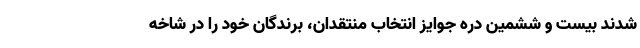
شدند بیست و ششمین دره جوایز انتخاب منتقدان، برندگان خود را در شاخه